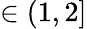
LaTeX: \in(1,2]